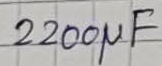
Text: 2200µF